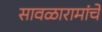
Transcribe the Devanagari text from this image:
सावळारामांचे